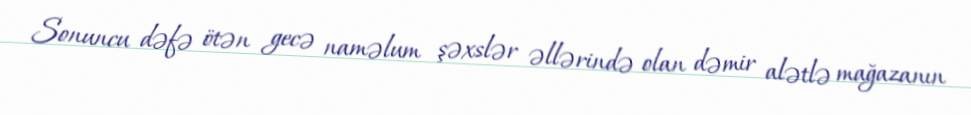
Sonuncu dəfə ötən gecə naməlum şəxslər əllərində olan dəmir alətlə mağazanın